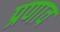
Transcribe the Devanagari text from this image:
प्रणाव